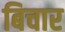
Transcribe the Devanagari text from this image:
बिचार